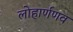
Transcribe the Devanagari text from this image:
लोहार्णणव